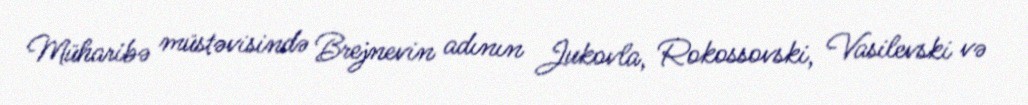
Müharibə müstəvisində Brejnevin adının Jukovla, Rokossovski, Vasilevski və